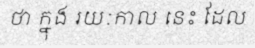
ថា ក្នុង រយៈកាល នេះ ដែល